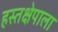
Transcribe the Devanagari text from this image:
हस्तक्षेपाला